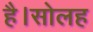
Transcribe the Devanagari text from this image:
है।सोलह